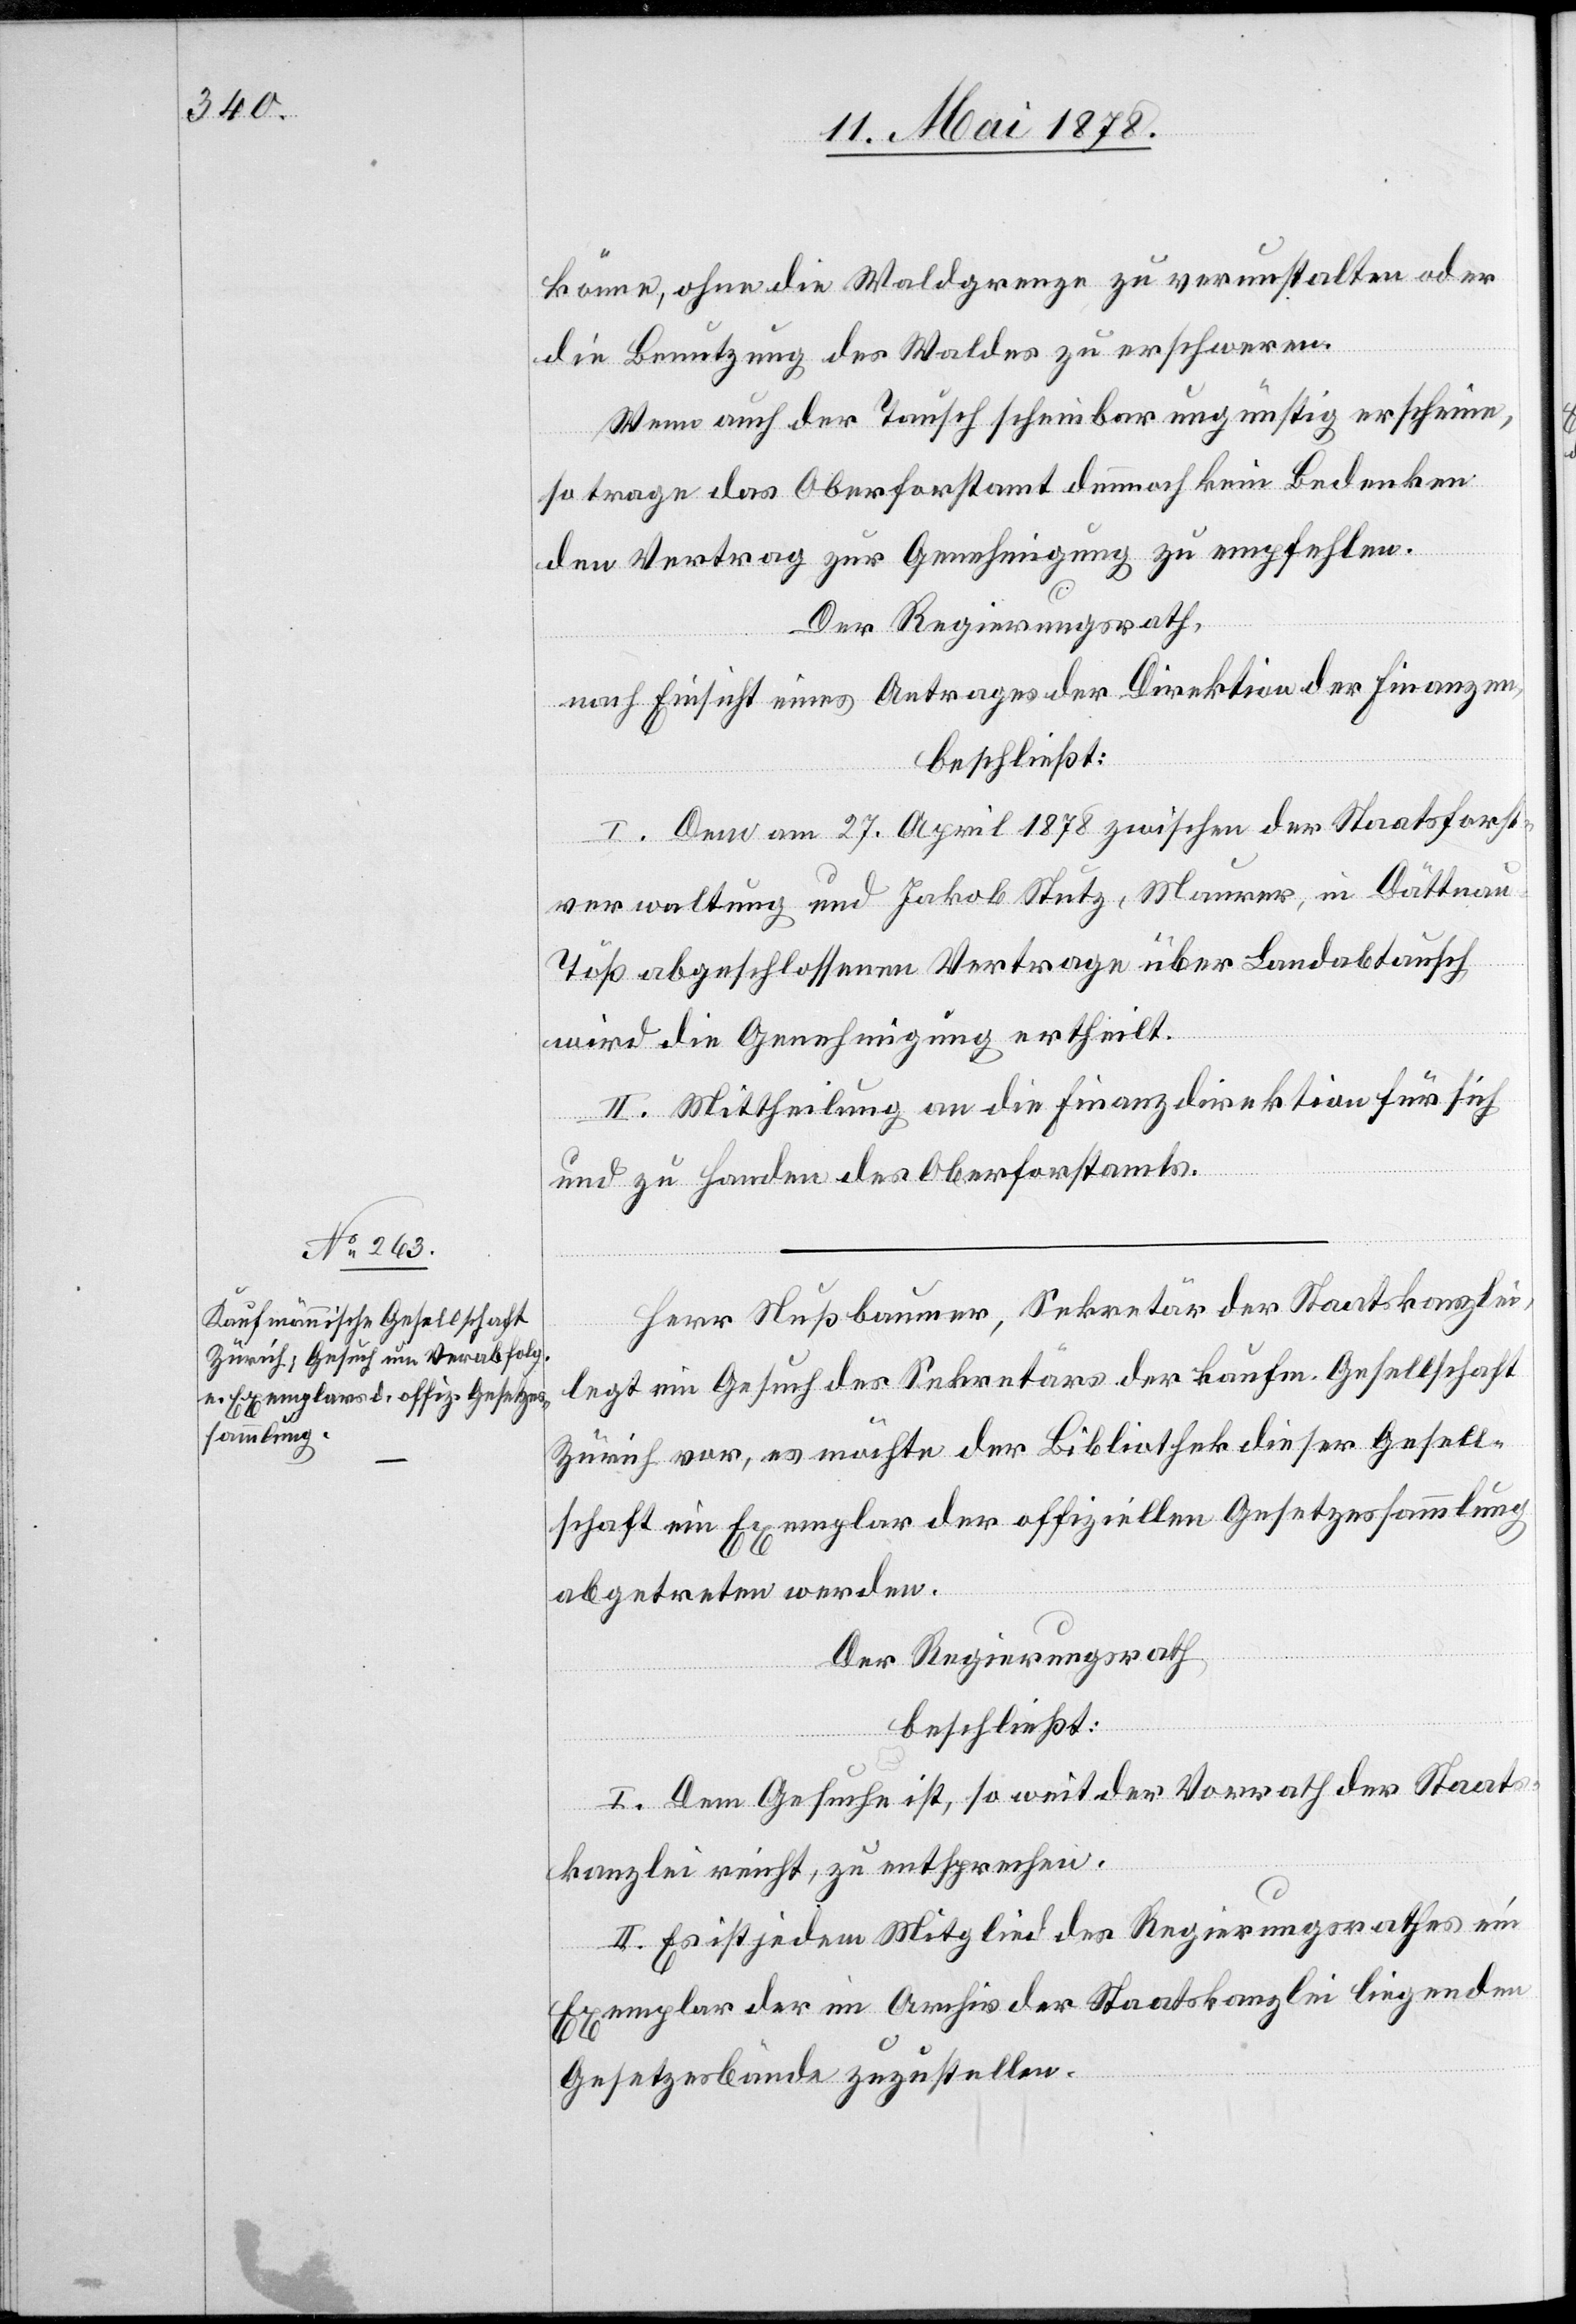
könne, ohne die Waldgrenze zu verunstalten oder
die Benutzung des Waldes zu erschweren.
Wenn auch der Tausch scheinbar ungünstig erscheine,
so trage das Oberforstamt dennoch kein Bedenken
den Vertrag zur Genehmigung zu empfehlen.
Der Regierungsrath,
nach Einsicht eines Antrages der Direktion der Finanzen,
beschließt:
I. Dem am 27. April 1878 zwischen der Staatsforst¬
verwaltung und Jakob Stutz, Maurer, in Dättnau
Töß abgeschlossenen Vertrage über Landabtausch
wird die Genehmigung ertheilt.
II. Mittheilung an die Finanzdirektion für sich
und zu Handen des Oberforstamtes.
Herr Nußbaumer, Sekretär der Staatskanzlei,
legt ein Gesuch des Sekretärs der kaufm. Gesellschaft
Zürich vor, es möchte der Bibliothek dieser Gesell¬
schaft ein Exemplar der offiziellen Gesetzessammlung
abgetreten werden.
Der Regierungsrath
beschließt:
I. Dem Gesuche ist, so weit der Vorrath der Staats¬
kanzlei reicht, zu entsprechen.
II. Es ist jedem Mitglied des Regierungsrathes ein
Exemplar der im Archiv der Staatskanzlei liegenden
Gesetzesbände zuzustellen.